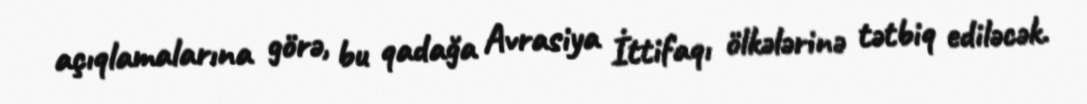
açıqlamalarına görə, bu qadağa Avrasiya İttifaqı ölkələrinə tətbiq ediləcək.